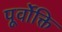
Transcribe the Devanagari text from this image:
पूर्वोक्ति